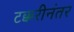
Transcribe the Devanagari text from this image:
टक्करीनंतर